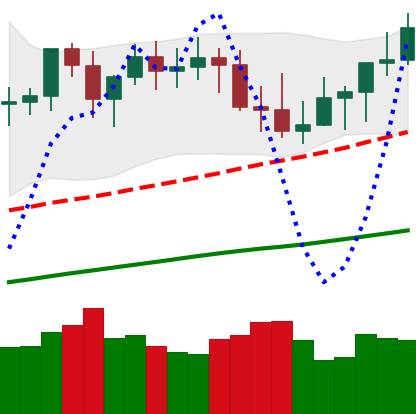
Ticker: XMR-USD
Chart end date: 2021-03-30
Forward return: 6.73%
Label: up_5_7